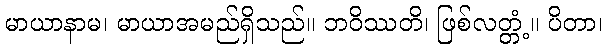
မာယာနာမ၊ မာယာအမည်ရှိသည်။ ဘဝိဿတိ၊ ဖြစ်လတ္တံ့။ ပိတာ၊